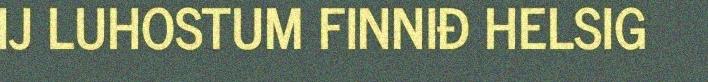
IJ LUHOSTUM FINNIĐ HELSIG